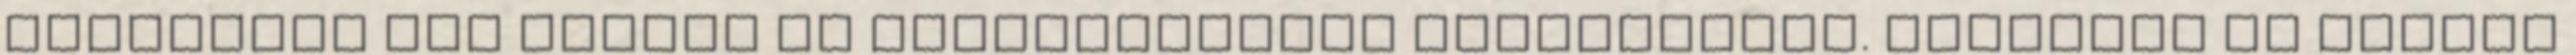
támogatás egy részén is extraprofitot realizálnak. Jelenleg az állami